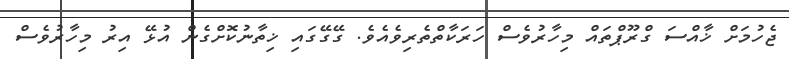
ޖެހުމަށް ޚާއްސަ ގްރޫޕްތައް މިހާރުވެސް ހަރަކާތްތެރިވެއެވެ. ގޭގޭގައި ޚިތާނުކޮށްގެން އުޅޭ އިރު މިހާރުވެސް